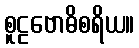
စူဠဗောဓိစရိယ။